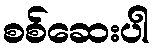
စစ်ဆေးပါ